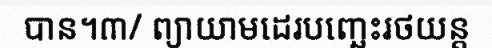
បាន។៣/ ព្យាយាមដេរបញ្ឆេះរថយន្ត